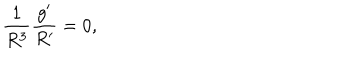
\frac { 1 } { R ^ { 3 } } \frac { g ^ { \prime } } { R ^ { \prime } } = 0 ,